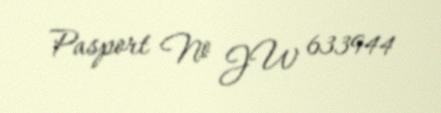
Pasport № JW 633944